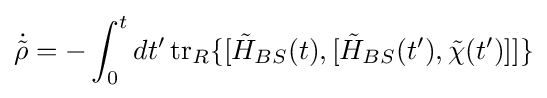
{\dot {\tilde {\rho }}}=-\int _{0}^{t}dt'\operatorname {tr} _{R}\{[{\tilde {H}}_{BS}(t),[{\tilde {H}}_{BS}(t'),{\tilde {\chi }}(t')]]\}